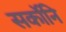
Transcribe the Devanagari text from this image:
सर्कोनि